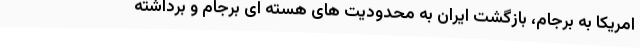
امریکا به برجام، بازگشت ایران به محدودیت های هسته ای برجام و برداشته